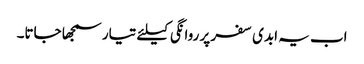
اب یہ ابدی سفر پر روانگی کیلئے تیار سمجھا جاتا۔